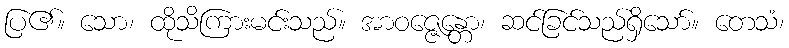
ပြ၏။ သော၊ ထိုသိကြားမင်းသည်။ အာဝဇ္ဇေန္တော၊ ဆင်ခြင်သည်ရှိသော်။ တေသံ၊